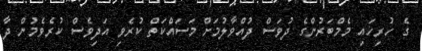
ގެ ހުރިހައި މެމްބަރުންގެ ދުވަސް ދުއްވާލުމަށް މަސައްކަތް ކުރެވި އަދިވެސް ކުރެވެމުން ދާ